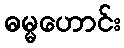
ဓမ္မဟောင်း